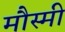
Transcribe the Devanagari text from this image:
मौस्मी